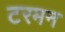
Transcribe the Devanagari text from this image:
टरमन